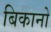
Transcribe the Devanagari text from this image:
बिकानो